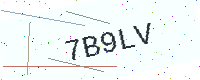
Text: 7B9LV